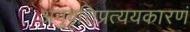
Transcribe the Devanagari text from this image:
अनुवृत्तिप्रत्ययकारणं